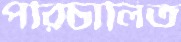
পরিচালিত